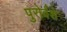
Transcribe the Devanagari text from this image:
पुरोर्वंशे